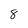
Character: 8